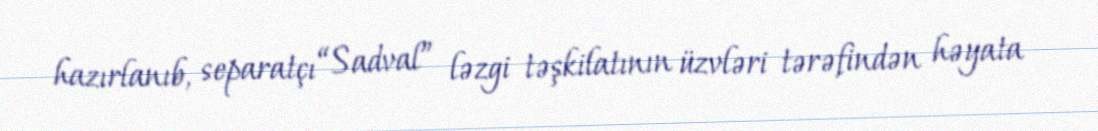
hazırlanıb, separatçı “Sadval” ləzgi təşkilatının üzvləri tərəfindən həyata